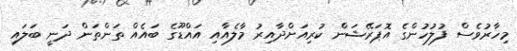
މިހާރުވެސް ފުލުހުންގެ އޮޕަރޭޝަން ކުރިއަށްދާއިރު މާލެއާއި އައްޑޫގެ ބައެއް ތަންތަން ދަނީ ބަލައި